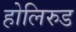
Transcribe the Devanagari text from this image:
होलिरुड